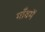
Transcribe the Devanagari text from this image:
गाँवमें